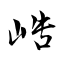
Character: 峼